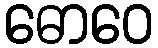
ဓောဝေ